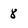
Character: 8